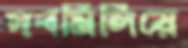
সবমিলিয়ে